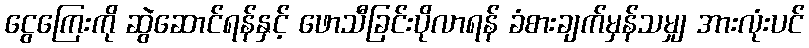
ငွေကြေးကို ဆွဲဆောင်ရန်နှင့် ဖောသီခြင်းပိုလာရန် ခံစားချက်မှန်သမျှ အားလုံးပင်